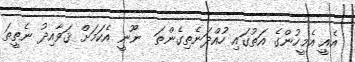
އެއީ އެމީހުންގެ އަތުގައި ހުއްދަނެތިގެންތަ  ނޫނީ އެކަމަށް ޤަވާއިދު ނެތީތަ